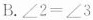
B.$$∠ 2 = ∠ 3$$